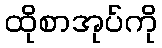
ထိုစာအုပ်ကို